Jaan_Tonisson_(Lasteleht), lk 286
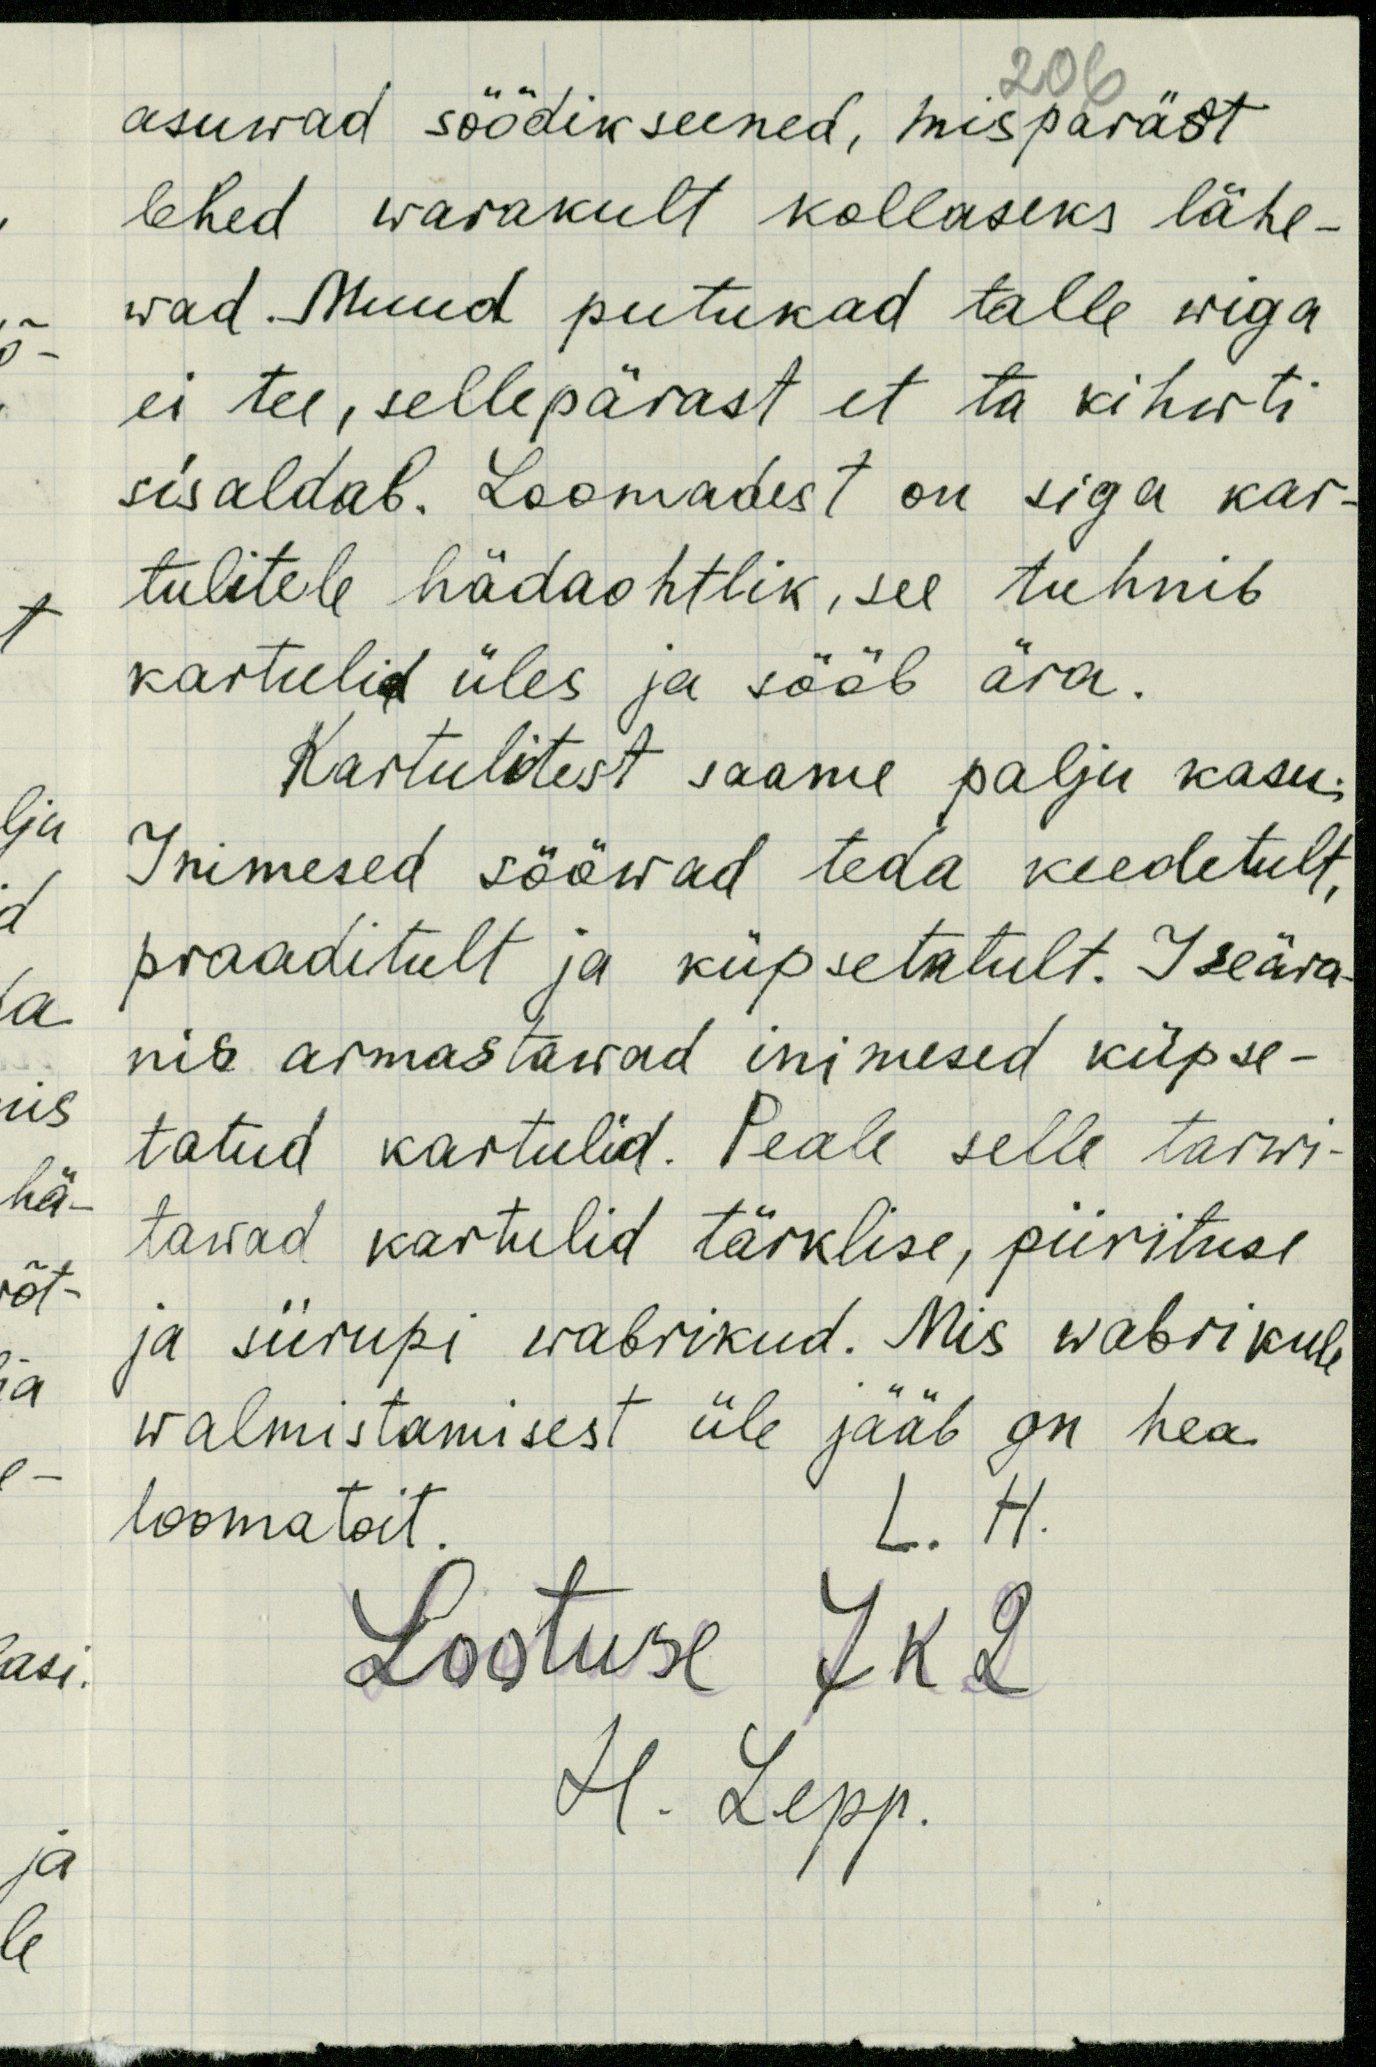
206
asuwad söödik seened, mispärast
lehed warakult kollaseks lähe-
wad. Muud putukad talle wiga,
ei tee, sellepärast et ta kihwti
sisaldab. Loomadest on siga kar-
tulitele hädaohtlik, see tuhnib
kartulid üles ja sööb ära.
Kartulitest saame palju kasu;
Inimesed sööwad teda keedetult,
praaditult ja küpsetatult. Iseära-
nis armastawad inimesed küpse-
tatud kartulid. Peale selle tarwi-
tawad kartulid tärklise, piirituse
ja siirupi wabrikud. Mis wabrikule
walmistamisest üle jääb on hea
loomatoit.
L. H.
Lootuse 7 k 2
H. Lepp.